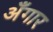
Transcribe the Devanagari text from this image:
अँगार